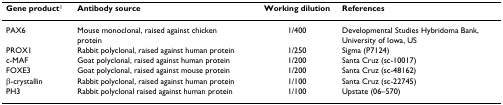
<table><thead><tr><td><b>Gene product<sup>1</sup></b></td><td><b>Antibody source</b></td><td><b>Working dilution</b></td><td><b>References</b></td></tr></thead><tbody><tr><td>PAX6</td><td>Mouse monoclonal, raised against chicken protein</td><td>1/400</td><td>Developmental Studies Hybridoma Bank, University of Iowa, US</td></tr><tr><td>PROX1</td><td>Rabbit polyclonal, raised against human protein</td><td>1/250</td><td>Sigma (P7124)</td></tr><tr><td>c-MAF</td><td>Goat polyclonal, raised against human protein</td><td>1/200</td><td>Santa Cruz (sc-10017)</td></tr><tr><td>FOXE3</td><td>Goat polyclonal, raised against mouse protein</td><td>1/200</td><td>Santa Cruz (sc-48162)</td></tr><tr><td>β-crystallin</td><td>Rabbit polyclonal, raised against human protein</td><td>1/100</td><td>Santa Cruz (sc-22745)</td></tr><tr><td>PH3</td><td>Rabbit polyclonal raised against human protein</td><td>1/100</td><td>Upstate (06–570)</td></tr></tbody></table>